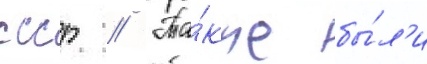
ссср // Та́кже бы́л'и